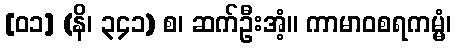
[၀၁] (နိ၊ ၃၄၁) စ၊ ဆက်ဦးအံ့။ ကာမာဝစရကမ္မံ၊